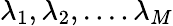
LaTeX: \lambda_{1},\lambda_{2},....\lambda_{M}